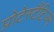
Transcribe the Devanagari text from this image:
प्रोटेस्टैंटिज़्म